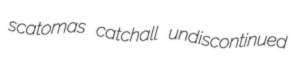
scatomas catchall undiscontinued